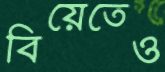
বিয়েতেও